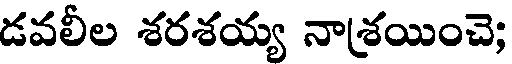
డవలీల శరశయ్య నాశ్రయించె;